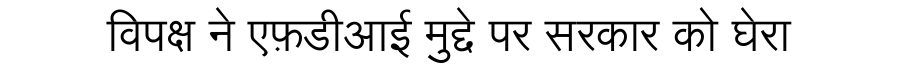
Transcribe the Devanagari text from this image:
विपक्ष ने एफ़डीआई मुद्दे पर सरकार को घेरा